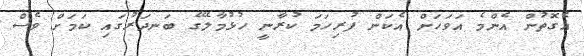
އެގޮތުން އެންމެ އަވަހަށް އެކަން ފުުރިހަމަ ކުރާނީ ހުޅުމާލޭގެ ބަނދަރުގައި ކަމަށް ވެސް